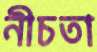
নীচতা